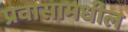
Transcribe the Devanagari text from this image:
प्रवासामधील